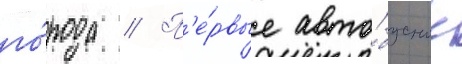
го́рода // П'е́рвые авто́бусные